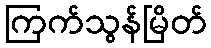
ကြက်သွန်မြိတ်